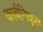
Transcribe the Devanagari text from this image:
कार्बनिकृत